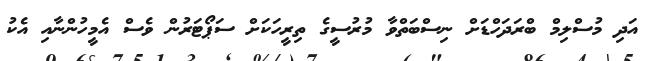
އަދި މުސްލިމް ބްރަދަހްޑަށް ނިސްބަތްވާ މުރުސީގެ ތިރީހަކަށް ސަޕޯޓަރުން ވެސް އެމީހުންނާއި އެކު